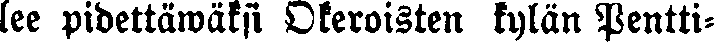
lee pidettäwäksi Okeroisten kylän Pentti-